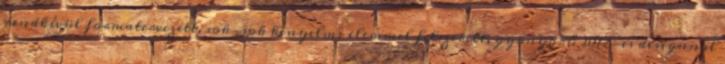
rendkívül formatervezett, sok-sok kényelmi elemmel felszerelt, gyönyörű 2017-es designnal